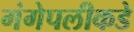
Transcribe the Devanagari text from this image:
गंगेपलीकडे